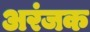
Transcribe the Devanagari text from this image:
अरंजक